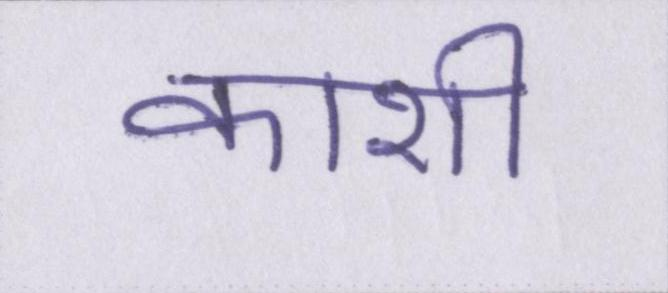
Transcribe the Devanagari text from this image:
काशी